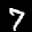
Label: 7